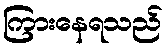
ကြားနေရသည်